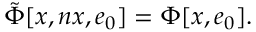
\tilde { \Phi } \lbrack x , n x , e \sb { 0 } \rbrack = \Phi \lbrack x , e \sb { 0 } \rbrack .